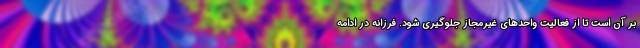
بر آن است تا از فعالیت واحدهای غیرمجاز جلوگیری شود. فرزانه در ادامه